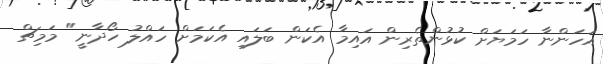
އަހަންނާ ހަމަޔަށް ކުޅުންތެރިން އައިމާ އެކަން ބަލައި އެކަމަށް ހައްލު ހޯދާނީ" މަމިޗް